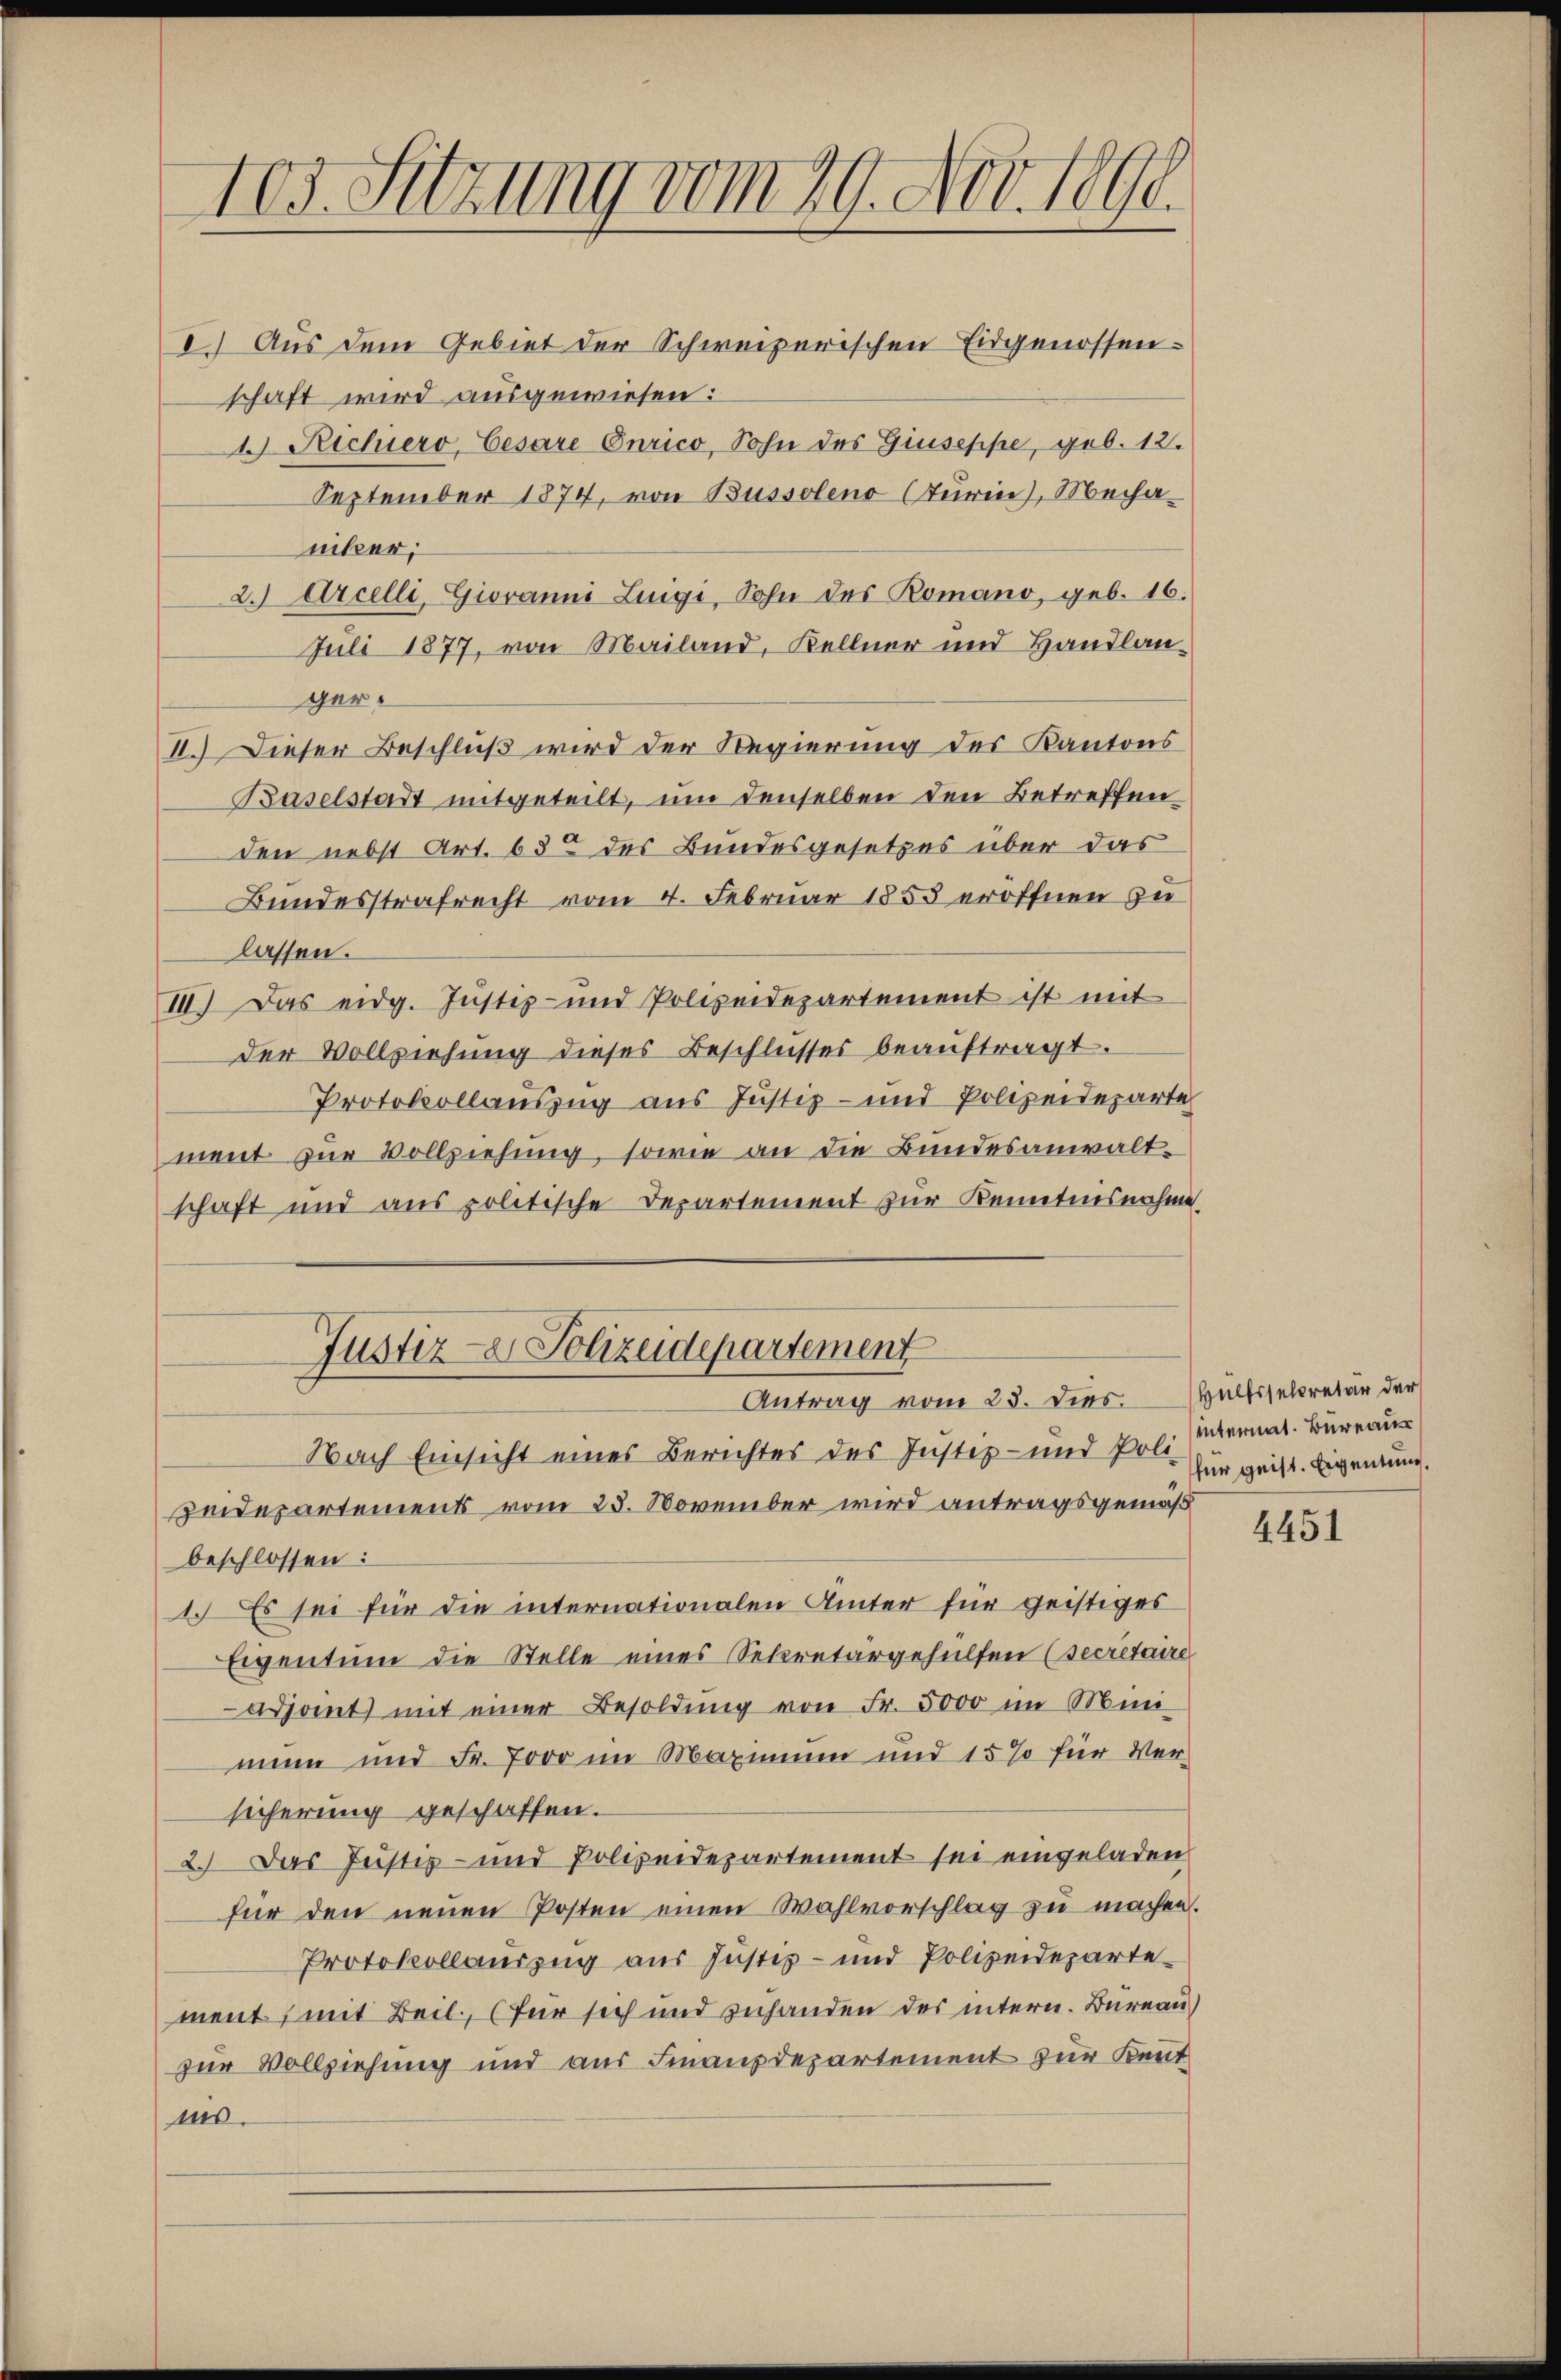
103. Sitzung vom 29. Nov. 1890.

I.) Aus dem Gebiet der Schweizerischen Eidgenossen-
schaft wird ausgewiesen:
1 Richiero, Cesare Curico, Sohn des Giuseppe, geb. 12.
September 1874, von Bussoleno (Turin, Mechanitzer;
2. Arcelli, Giovanni Luigi, Sohn des Romano, geb. 16.
Juli 1877, von Mailand, Kellner und Handlanger.
II. Dieser Beschluß wird der Regierung des Kantons
Baselstadt mitgeteilt, um denselben den Betreffen
den nebst Art. 63 des Bundesgesetzes über das
Bundesstrafrecht vom 4. Februar 1855 eröffnen zu
lassen.
III. Das eidg. Justiz- und Polizeidepartement ist mit
der Vollziehung dieses Beschlusses beauftragt.
Protokollauszug aus Justiz- und Polizeideparte
ment zur Vollziehung, sowie an die Bundesanwalt-
schaft und aus politische Departement zur Kenntnisnahme

Nach Einsicht eines Berichtes des Instiz- und fo für geist. Eigentung.
peidepartements vom 23. November wird antragsgemäß
beschlossen:
1. Es sei für die internationalen Ämter für geistiges
Eigentum die Stelle eines Sekretärgehülfen (secretaire
adsamt mit einer Besoldŭng von Fr. 5000 im Mini
min und Fr. 7000 im Maximum und 15% für Ver-
sicherung geschaffen.
2.) Das Justiz- und Polizeidepartement sei eingeladen
für den neuen Posten einen Wahlvorschlag zu machen.
Protokollauszug aus Justiz- und Polizeidepartement, mit Beil, für sich und zuhanden des intern. Bureau)
zur Vollziehung und aus Finanzdepartement zur Kennt
ms.

Justiz- & Polizeidepartement
Antrag vom 23. dies. Hülfsselcretär der

internat. Bureau

4451